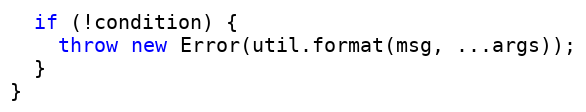
Language: JavaScript
  if (!condition) {
    throw new Error(util.format(msg, ...args));
  }
}